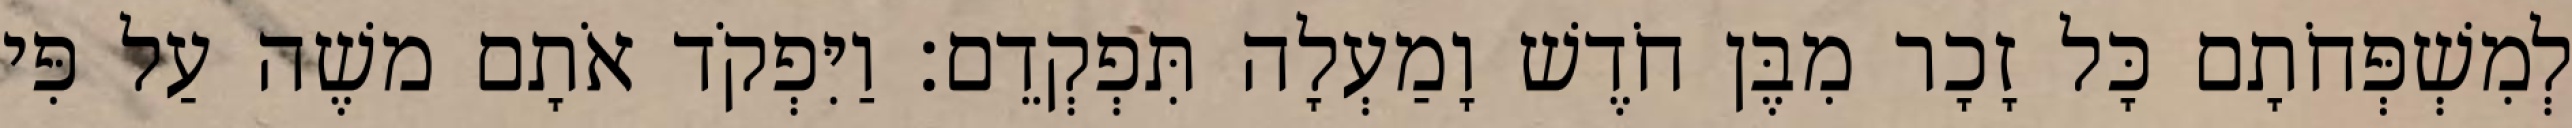
לְמִשְׁפְּחֹתָם כָּל זָכָר מִבֶּן חֹדֶשׁ וָמַעְלָה תִּפְקְדֵם׃ וַיִּפְקֹד אֹתָם משֶׁה עַל פִּי